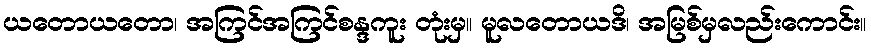
ယတောယတော၊ အကြင်အကြင်စန္ဒကူး တုံးမှ။ မူလတောယဒိ၊ အမြစ်မှလည်းကောင်း။